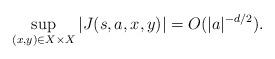
LaTeX: \begin{align*}\sup_{(x,y) \in X \times X}|J(s,a,x,y)|=O(|a|^{-d/2}).\end{align*}